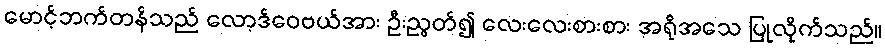
မောင့်ဘက်တန်သည် လော့ဒ်ဝေဗယ်အား ဦးညွတ်၍ လေးလေးစားစား အရိုအသေ ပြုလိုက်သည်။